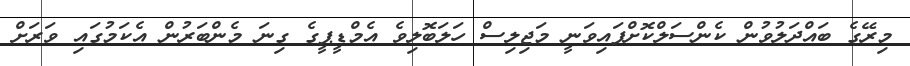
މިރޭގެ ބައްދަލުވުން ކެންސަލްކޮށްފައިވަނީ މަޖިލިސް ހަލަބޮލިވެ އެމްޑީޕީގެ ގިނަ މެންބަރުން އެކަމުގައި ވަރަށް